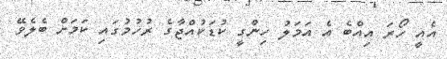
އެއީ ހޯރަ އިއްބެ އެ އަމަލު ހިންގީ ކުޑަކުއްޖާގެ ރުހުމުގައި ކަމަށް ބެލެވޭ